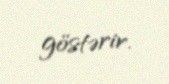
göstərir.